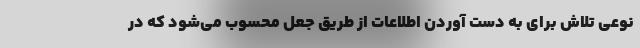
نوعی تلاش برای به دست آوردن اطلاعات از طریق جعل محسوب می‌شود که در